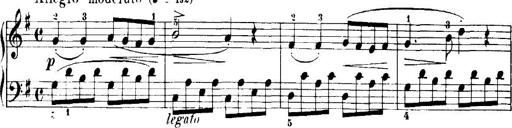
Title: 7 Sonatinas
Composer: Anton Diabelli